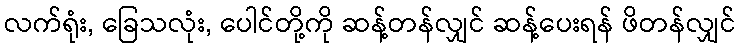
လက်ရုံး, ခြေသလုံး, ပေါင်တို့ကို ဆန့်တန်လျှင် ဆန့်ပေးရန် ဖိတန်လျှင်